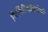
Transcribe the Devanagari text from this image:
निर्मितिप्रक्रियेची